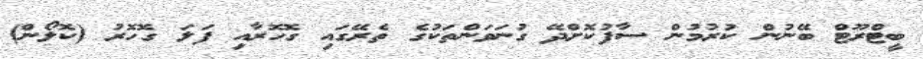
ބީޓްރޫޓް ބޭނުން ކުރުމުން ސާފުކޮށްދޭ ގުނަވަންތަކުގެ ތެރޭގައި ގޮހޮރާއި ފަލަ ގޮހޮރު (ކޮލޯން)